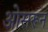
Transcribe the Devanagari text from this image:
ओसरून